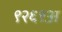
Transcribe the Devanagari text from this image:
९२६९अ